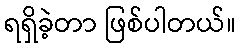
ရရှိခဲ့တာ ဖြစ်ပါတယ်။